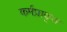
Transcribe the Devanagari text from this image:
कर्मप्राकृत